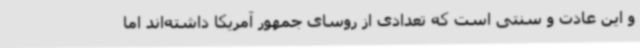
و این عادت و سنتی است که تعدادی از روسای جمهور آمریکا داشته‌اند اما